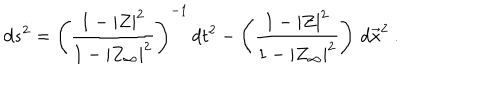
LaTeX: d s ^ { 2 } = \left( { \frac { 1 - | Z | ^ { 2 } } { 1 - | Z _ { \infty } | ^ { 2 } } } \right) ^ { - 1 } \, d t ^ { 2 } - \left( { \frac { 1 - | Z | ^ { 2 } } { 1 - | Z _ { \infty } | ^ { 2 } } } \right) \, d \vec { x } ^ { 2 } \ .